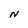
Character: N